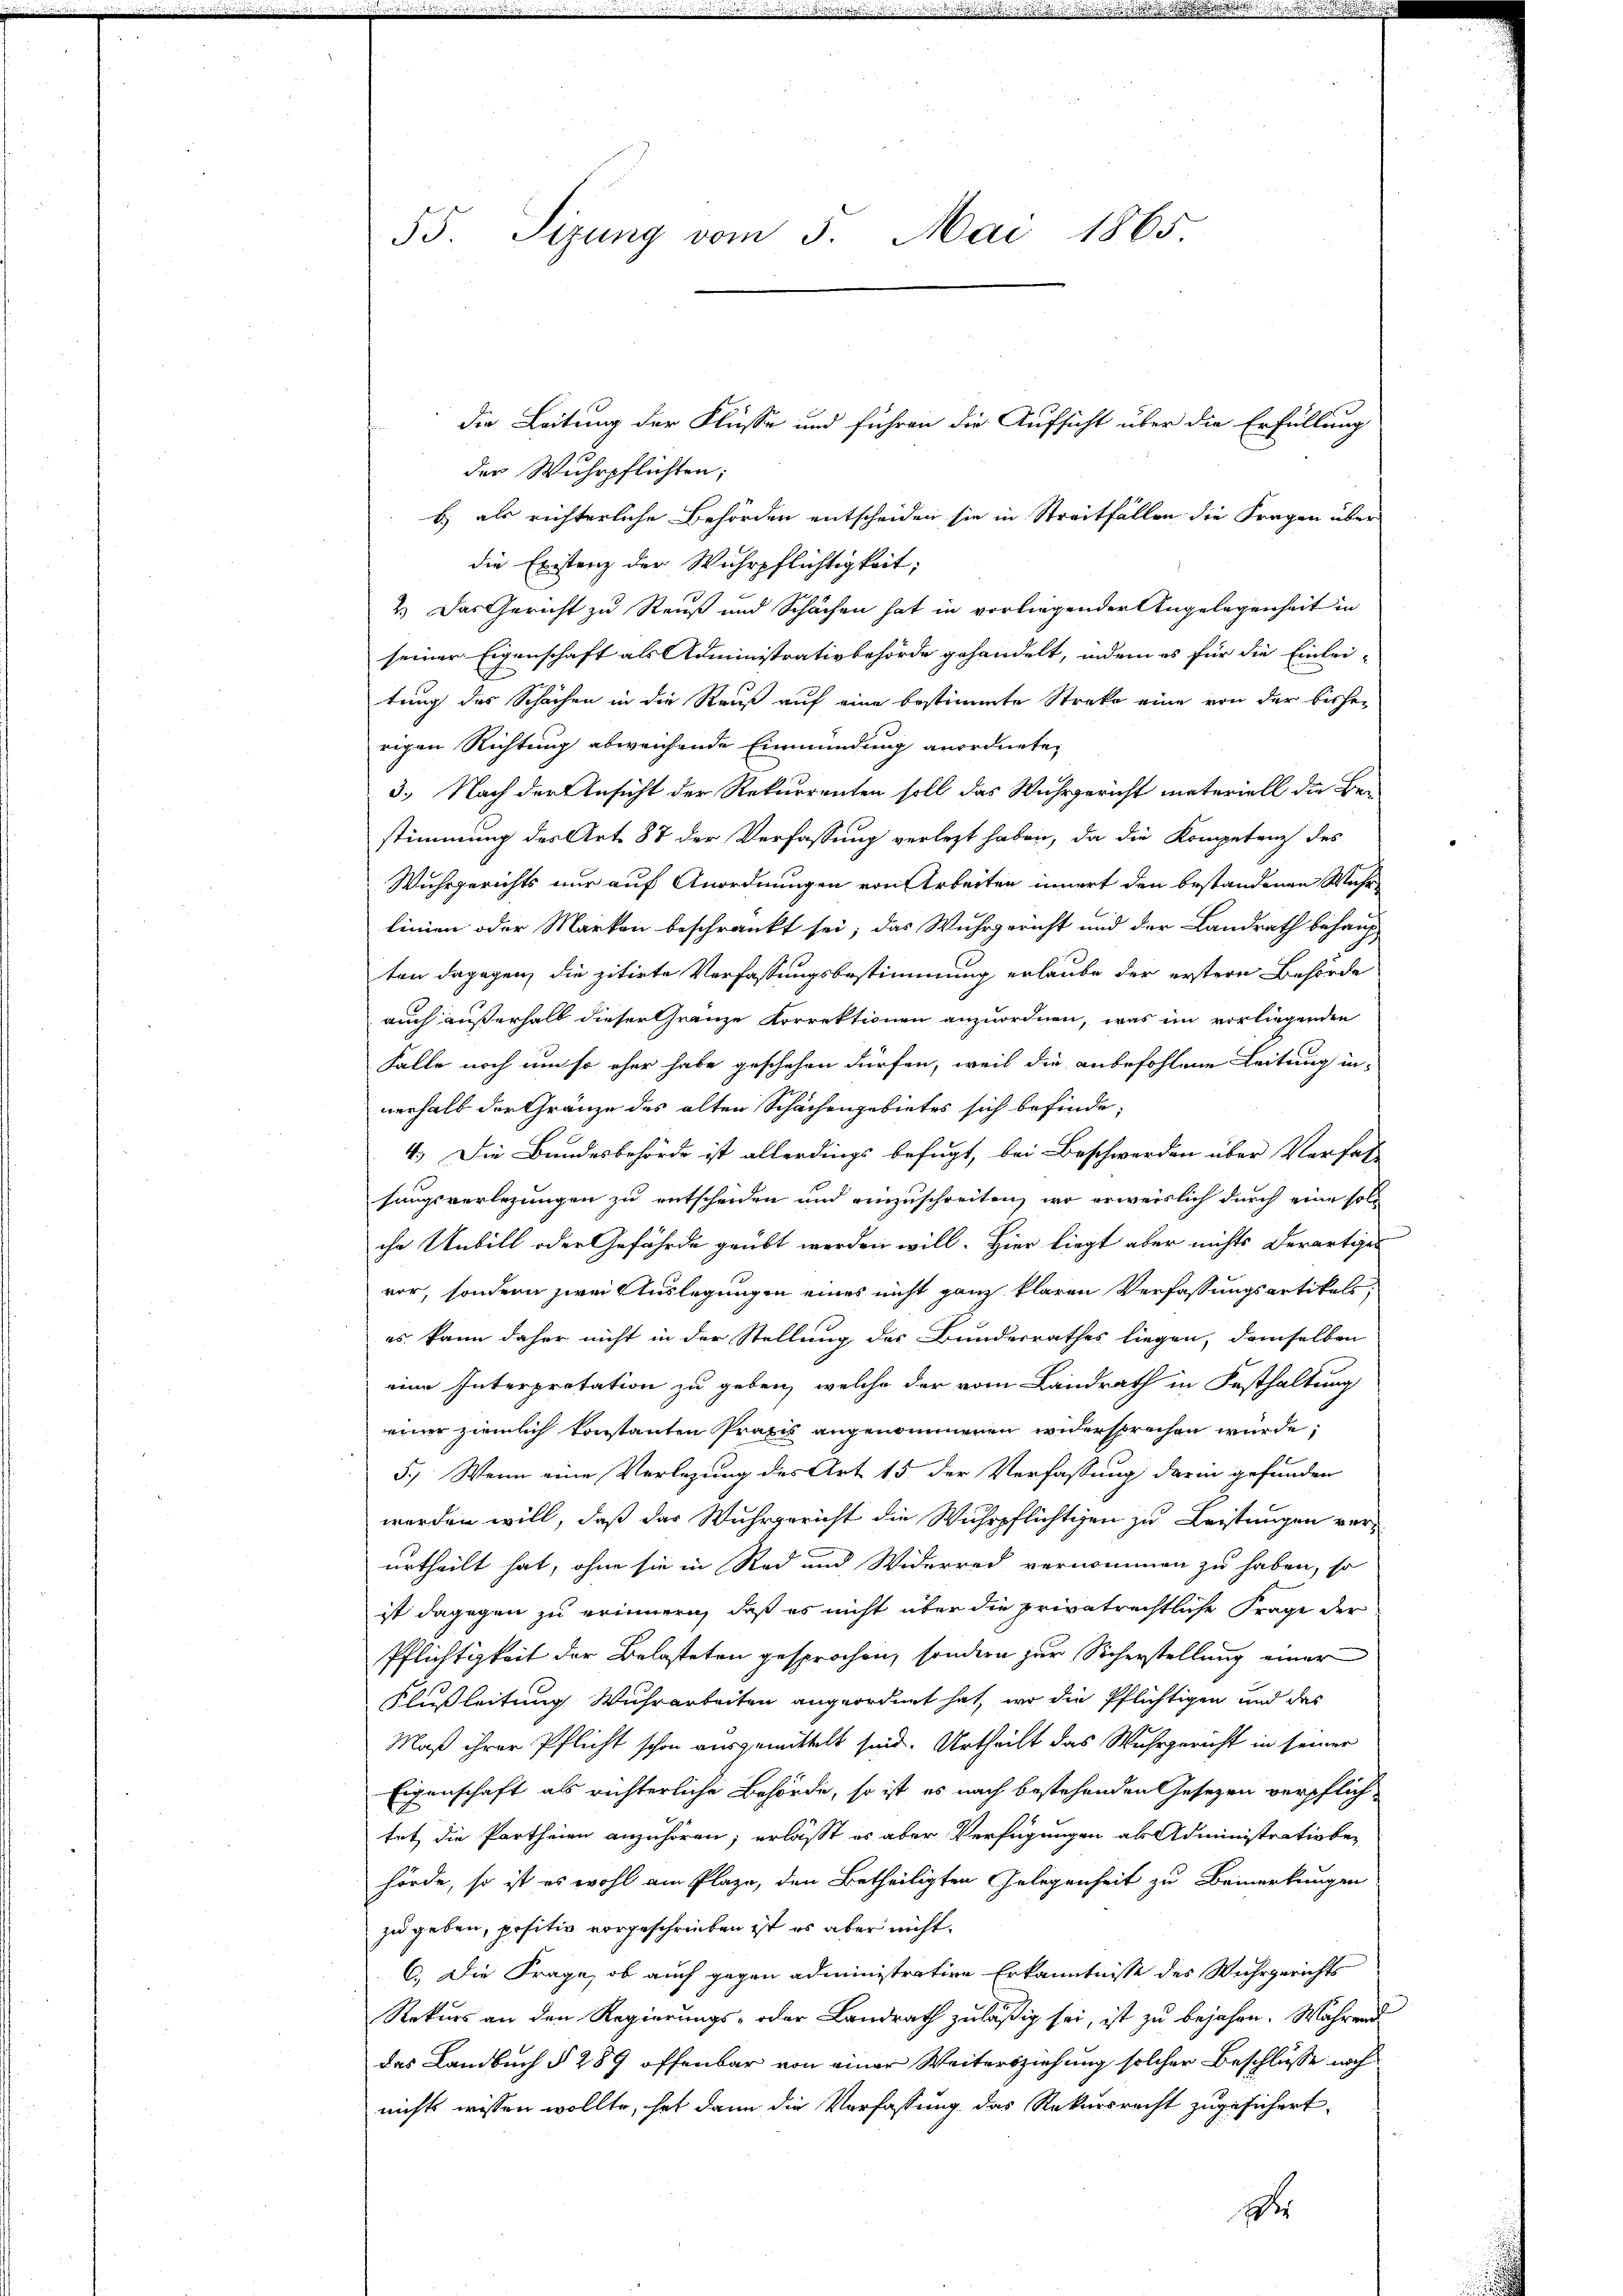
55. Sizung vom 3. Mai 1865

die Leitung der Flüsse und führen die Aufsicht über die Erfüllung
der Wuhrpflichten;
) als richterliche Behörden entscheiden sie in Streitfällen die Fragen über
die Existenz der Wuhrpflichtigkeit;
2.) Das Gericht zu Reuß und Schachen hat in vorliegender Angelegenheit in
seiner Eigenschaft als Administrativbehörde gehandelt, indem es für die Einlei-
tung des Schächen in die Reuß auf eine bestimmte Streke eine von der bisherigen Richtung abweichende Einmündung anordnete,
3.) Nach der Ansicht der Rekurrenten soll das Wuhrgericht materiell die Be-
stimmung des Art. 87 der Verfassung verletzt haben, da die Kompetenz des
Wuhrgerichts nur auf Anordnungen von Arbeiten innert den bestandenen Wahr
linien oder Marken beschränkt sei; das Wuhrgericht und der Landrath behaup
ten dagegen die zitirte Verfassungsbestimmung erlaube der erstern Behörde
auch außerhalb dieser Gränze Korrektionen anzuordnen, was im vorliegenden
Falle noch um so eher habe geschehen dürfen, weil die anbefohlene Leitung innerhalb der Gränze des alten Schächengebietes sich befinde,
4.) Die Bundesbehörde ist allerdings befugt, bei Beschwerden über Verfas
sangsverlegungen zu entscheiden und einzuschreiten, wo erweislich durch eine soll
che Unbill oder Gefährde geübt werden will. Hier liegt aber nichts derartiges
vor, sondern zwei Auslegungen eines nicht ganz klaren Verfassungsartikels,
es kann daher nicht in der Stellung des Bundesrathes liegen, demselben
eine Interpretation zu geben, welche der vom Landrath in Festhaltung
einer ziemlich konstanten Praxis angenommenen widersprechen würde,
5.) Wenn eine Verlegung des Art 15 der Verfassung darin gefunden
werden will, daß das Wuhrgericht die Wuhrpflichtigen zu Leistungen verurtheilt hat, ohne sie in Rad und Widerred vernommen zu haben, so
ist dagegen zu erinnern, daß es nicht über die privatrechtliche Frage der
Pflichtigkeit der Belasteten gesprochen, sondern zur Sicherstellung einer
Flußleitung Wuhrarbeiten angeordnet hat, wo die Pflichtigen und des
Maß ihrer Pflicht schon ausgemittelt sind. Urtheilt das Wuhrgericht in seiner
Eigenschaft als richterliche Behörde, so ist es nach bestehenden Gesezen verpflich-
tet die Partheien anzuhören; erläßt es aber Verfügungen als Administrativber
hörde, so ist es wohl am Plaze, den Betheiligten Gelegenheit zu Bemerkungen
zu geben, positiv vorgeschrieben ist es aber nicht.
C. Die Frage, ob auch gegen administrative Erkanntnisse des Wuhrgerichts
Rekurs an den Regierungs- oder Landrath zuläßig sei, ist zu bejahen. Während
das Landbuch § 289 offenbar von einer Weitersziehung solcher Beschliesse noch
nichts wissen wollte, hat dann die Verfassung das Rekursrecht zugesichert,
Wer